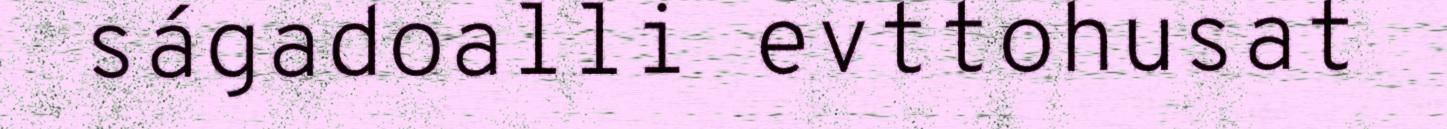
ságadoalli evttohusat